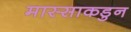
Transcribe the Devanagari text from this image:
मास्साकडुन